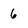
Character: 6